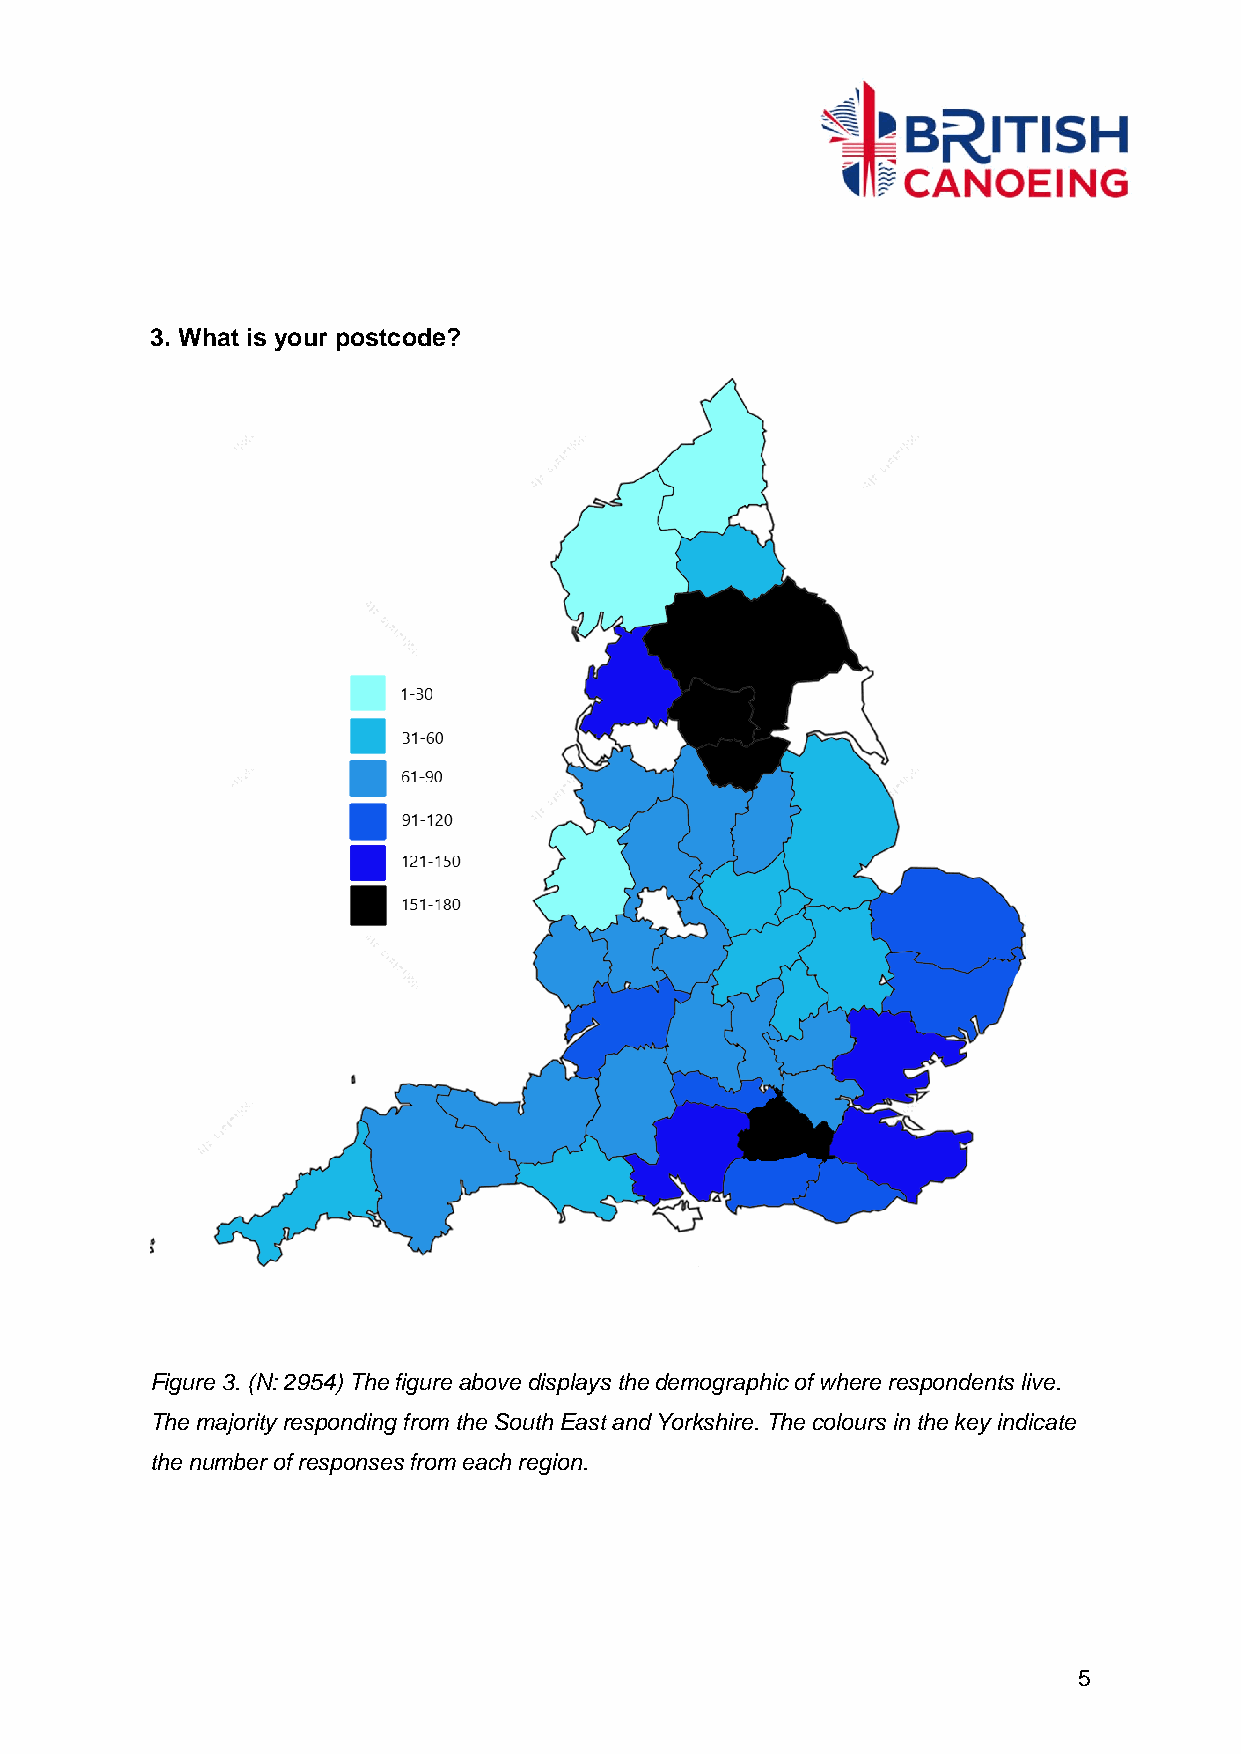
3. What is your postcode?
 Figure 3. (N: 2954) The figure above displays the demographic of where respondents live.
 The majority responding from the South East and Yorkshire. The colours in the key indicate
 the number of responses from each region.
 5